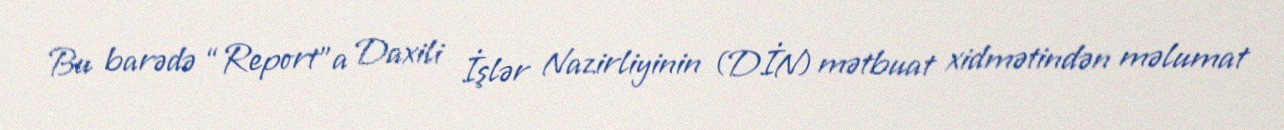
Bu barədə “Report”a Daxili İşlər Nazirliyinin (DİN) mətbuat xidmətindən məlumat